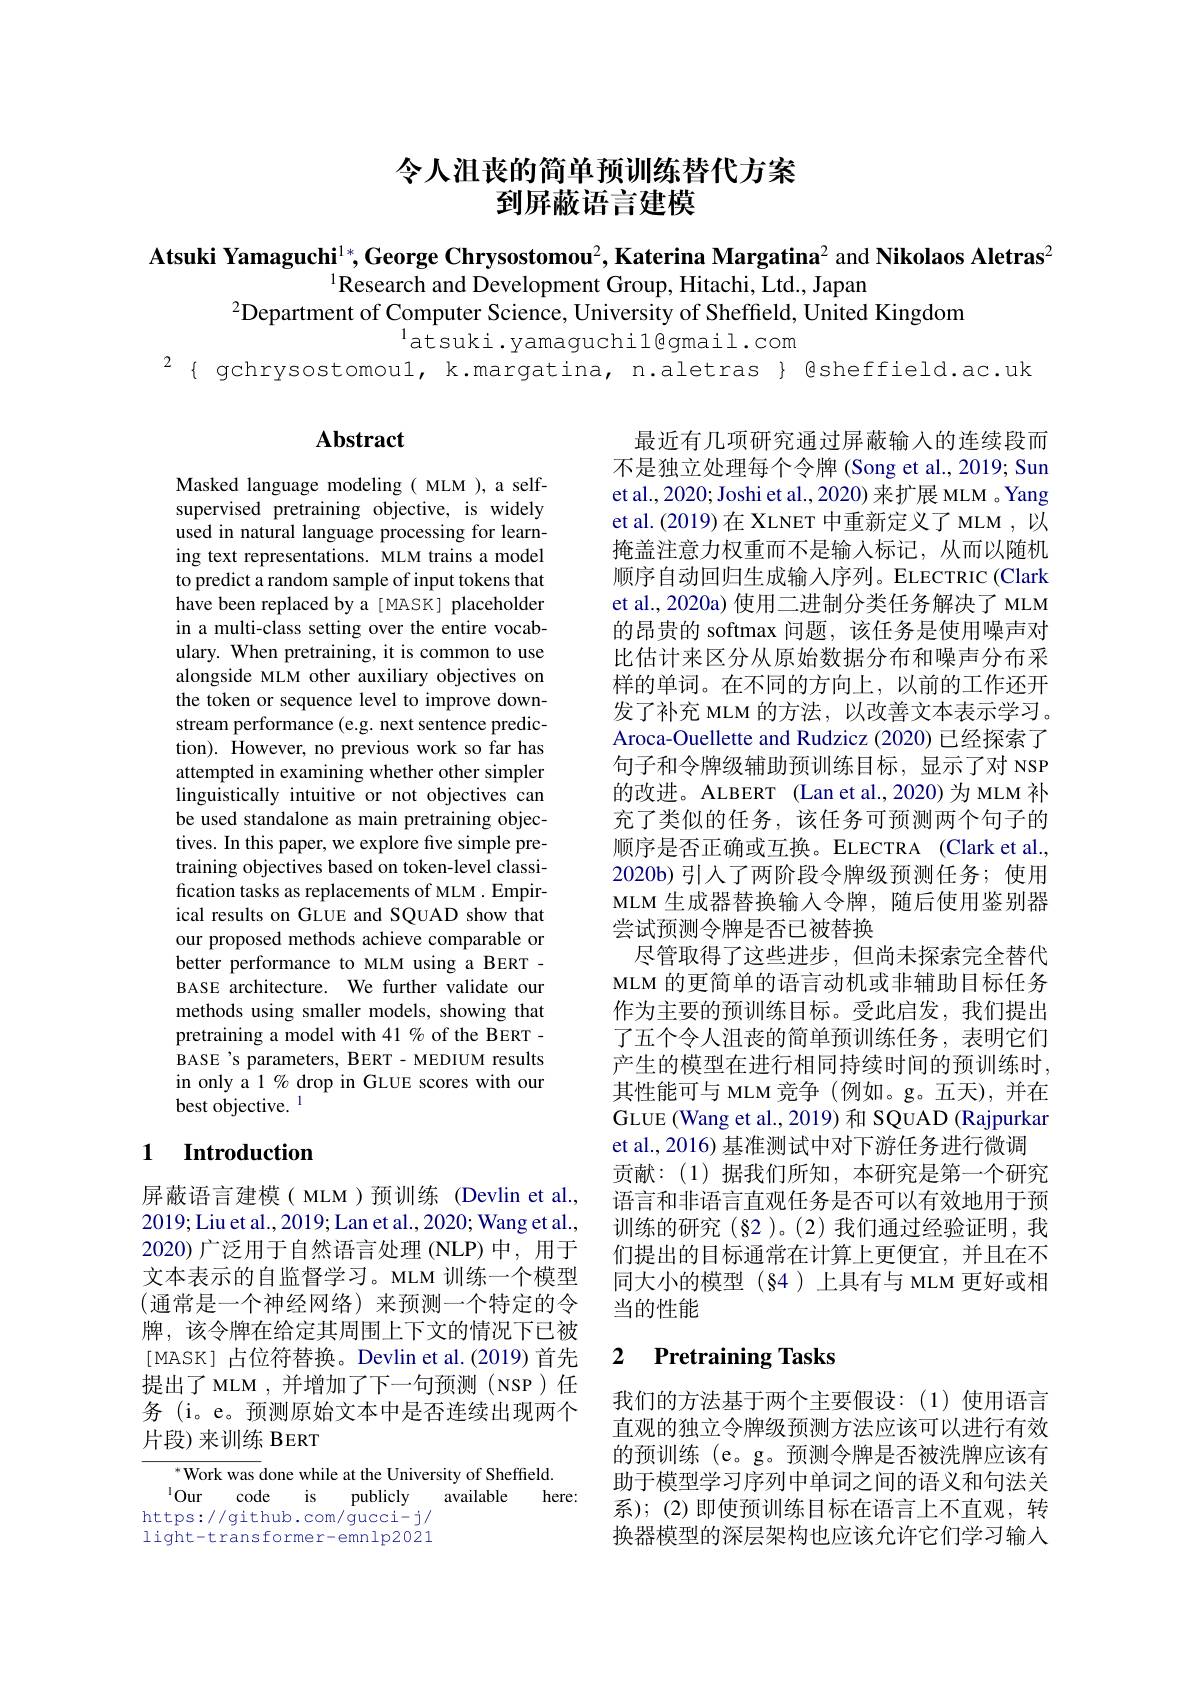
# 令人沮丧的简单预训练替代方案到屏蔽语言建模

Atsuki Yamaguchi$^1*,\textbf{George Chrysostomou}^2,\textbf{Katerina Margatina}^2$ and Nikolaos Aletras$^2$
$^{1}\bar{\text{Research and Development Group, Hitachi, Ltd., Japan}}$
$^{2}$Department of Computer Science, University of Sheffeld, United Kingdom
$^{1}$atsuki.yamaguchil@gmail.com

# Abstract

Masked language modeling( MLM ), a selfsupervised pretraining objective, is widely used in natural language processing for learning text representations. MLM trains a model to predict a random sample of input tokens that have been replaced by a [ MASK] placeholder in a multi-class setting over the entire vocabulary. When pretraining, it is common to use alongside MLM other auxiliary objectives on the token or sequence level to improve downstream performance (e.g. next sentence prediction). However, no previous work so far has attempted in examining whether other simpler linguistically intuitive or not objectives can be used standalone as main pretraining objectives. In this paper, we explore five simple pretraining objectives based on token-level classification tasks as replacements of MLM . Empirical results on GLUE and SQUAD show that our proposed methods achieve comparable or better performance to MLM using a BERT - BASE architecture. We further validate our methods using smaller models, showing that pretraining a model with 41 % of the BERT - BASE's parameters, BERT- MEDIUM results in only a 1 % drop in GLUE scores with our best objective. l

最近有几项研究通过屏蔽输入的连续段而不是独立处理每个令牌 (Song et al., 2019; Sun et al., 2020; Joshi et al., 2020) 来扩展 MLM 。Yang et al.(2019)在 XLNET 中重新定义了 MLM , 以掩盖注意力权重而不是输入标记，从而以随机顺序自动回归生成输入序列。ELECTRIC(Clark et al., 2020a) 使用二进制分类任务解决了 MLM 的昂贵的 softmax 问题，该任务是使用噪声对比估计来区分从原始数据分布和噪声分布采样的单词。在不同的方向上，以前的工作还开发了补充 MLM 的方法，以改善文本表示学习。Aroca-Ouellette and Rudzicz (2020) 已经探索了句子和令牌级辅助预训练目标，显示了对 NSP 的改进。ALBERT (Lan et al.,2020)为 MLM 补充了类似的任务，该任务可预测两个句子的顺序是否正确或互换。ELECTRA (Clark et al. 2020b) 引入了两阶段令牌级预测任务；使用MLM 生成器替换输入令牌，随后使用鉴别器尝试预测令牌是否已被替换
尽管取得了这些进步 ,但尚未探索完全替代MLM 的更简单的语言动机或非辅助目标任务作为主要的预训练目标。受此启发，我们提出了五个令人沮丧的简单预训练任务，表明它们产生的模型在进行相同持续时间的预训练时， 其性能可与 MLM 竞争(例如。g。五天),并在GLUE (Wang et al., 2019) 和 SQUAD (Rajpurkar et al., 2016) 基准测试中对下游任务进行微调
贡献：(1)据我们所知，本研究是第一个研究语言和非语言直观任务是否可以有效地用于预训练的研究(§2)。(2)我们通过经验证明，我们提出的目标通常在计算上更便宜，并且在不同大小的模型(84)上具有与 MLM 更好或相当的性能

### 1 $\textbf{Introduction}$

屏蔽语言建模( MLM)预训练(Devlin et al., 2019;Liu et al., 2019; Lan et al., 2020; Wang et al., 2020)广泛用于自然语言处理(NLP)中，用于文本表示的自监督学习。MLM 训练一个模型(通常是一个神经网络)来预测一个特定的令牌，该令牌在给定其周围上下文的情况下已被[MASK] 占位符替换。Devlin et al.(2019) 首先提出了 MLM , 并增加了下一句预测 (NSP) 任务 (i。e。预测原始文本中是否连续出现两个片段) 来训练 BERT

### 2 $\textbf{Pretraining Tasks}$

我们的方法基于两个主要假设：(1)使用语言直观的独立令牌级预测方法应该可以进行有效的预训练 (e。g。预测令牌是否被洗牌应该有助于模型学习序列中单词之间的语义和句法关系);(2)即使预训练目标在语言上不直观，转换器模型的深层架构也应该允许它们学习输人

${^*\text{Work was }}$done while at the University of Sheffield.
$^{1}$Our code
$is$
available here:
publicly
https://github.com/gucci-j/ light-transformer-emnlp2021